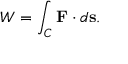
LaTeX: W = \int _ { C } \mathbf { F } \cdot d \mathbf { s } .